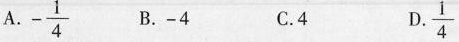
A.- \frac{1}{4} B.-4 C.4 D.\frac{1}{4}